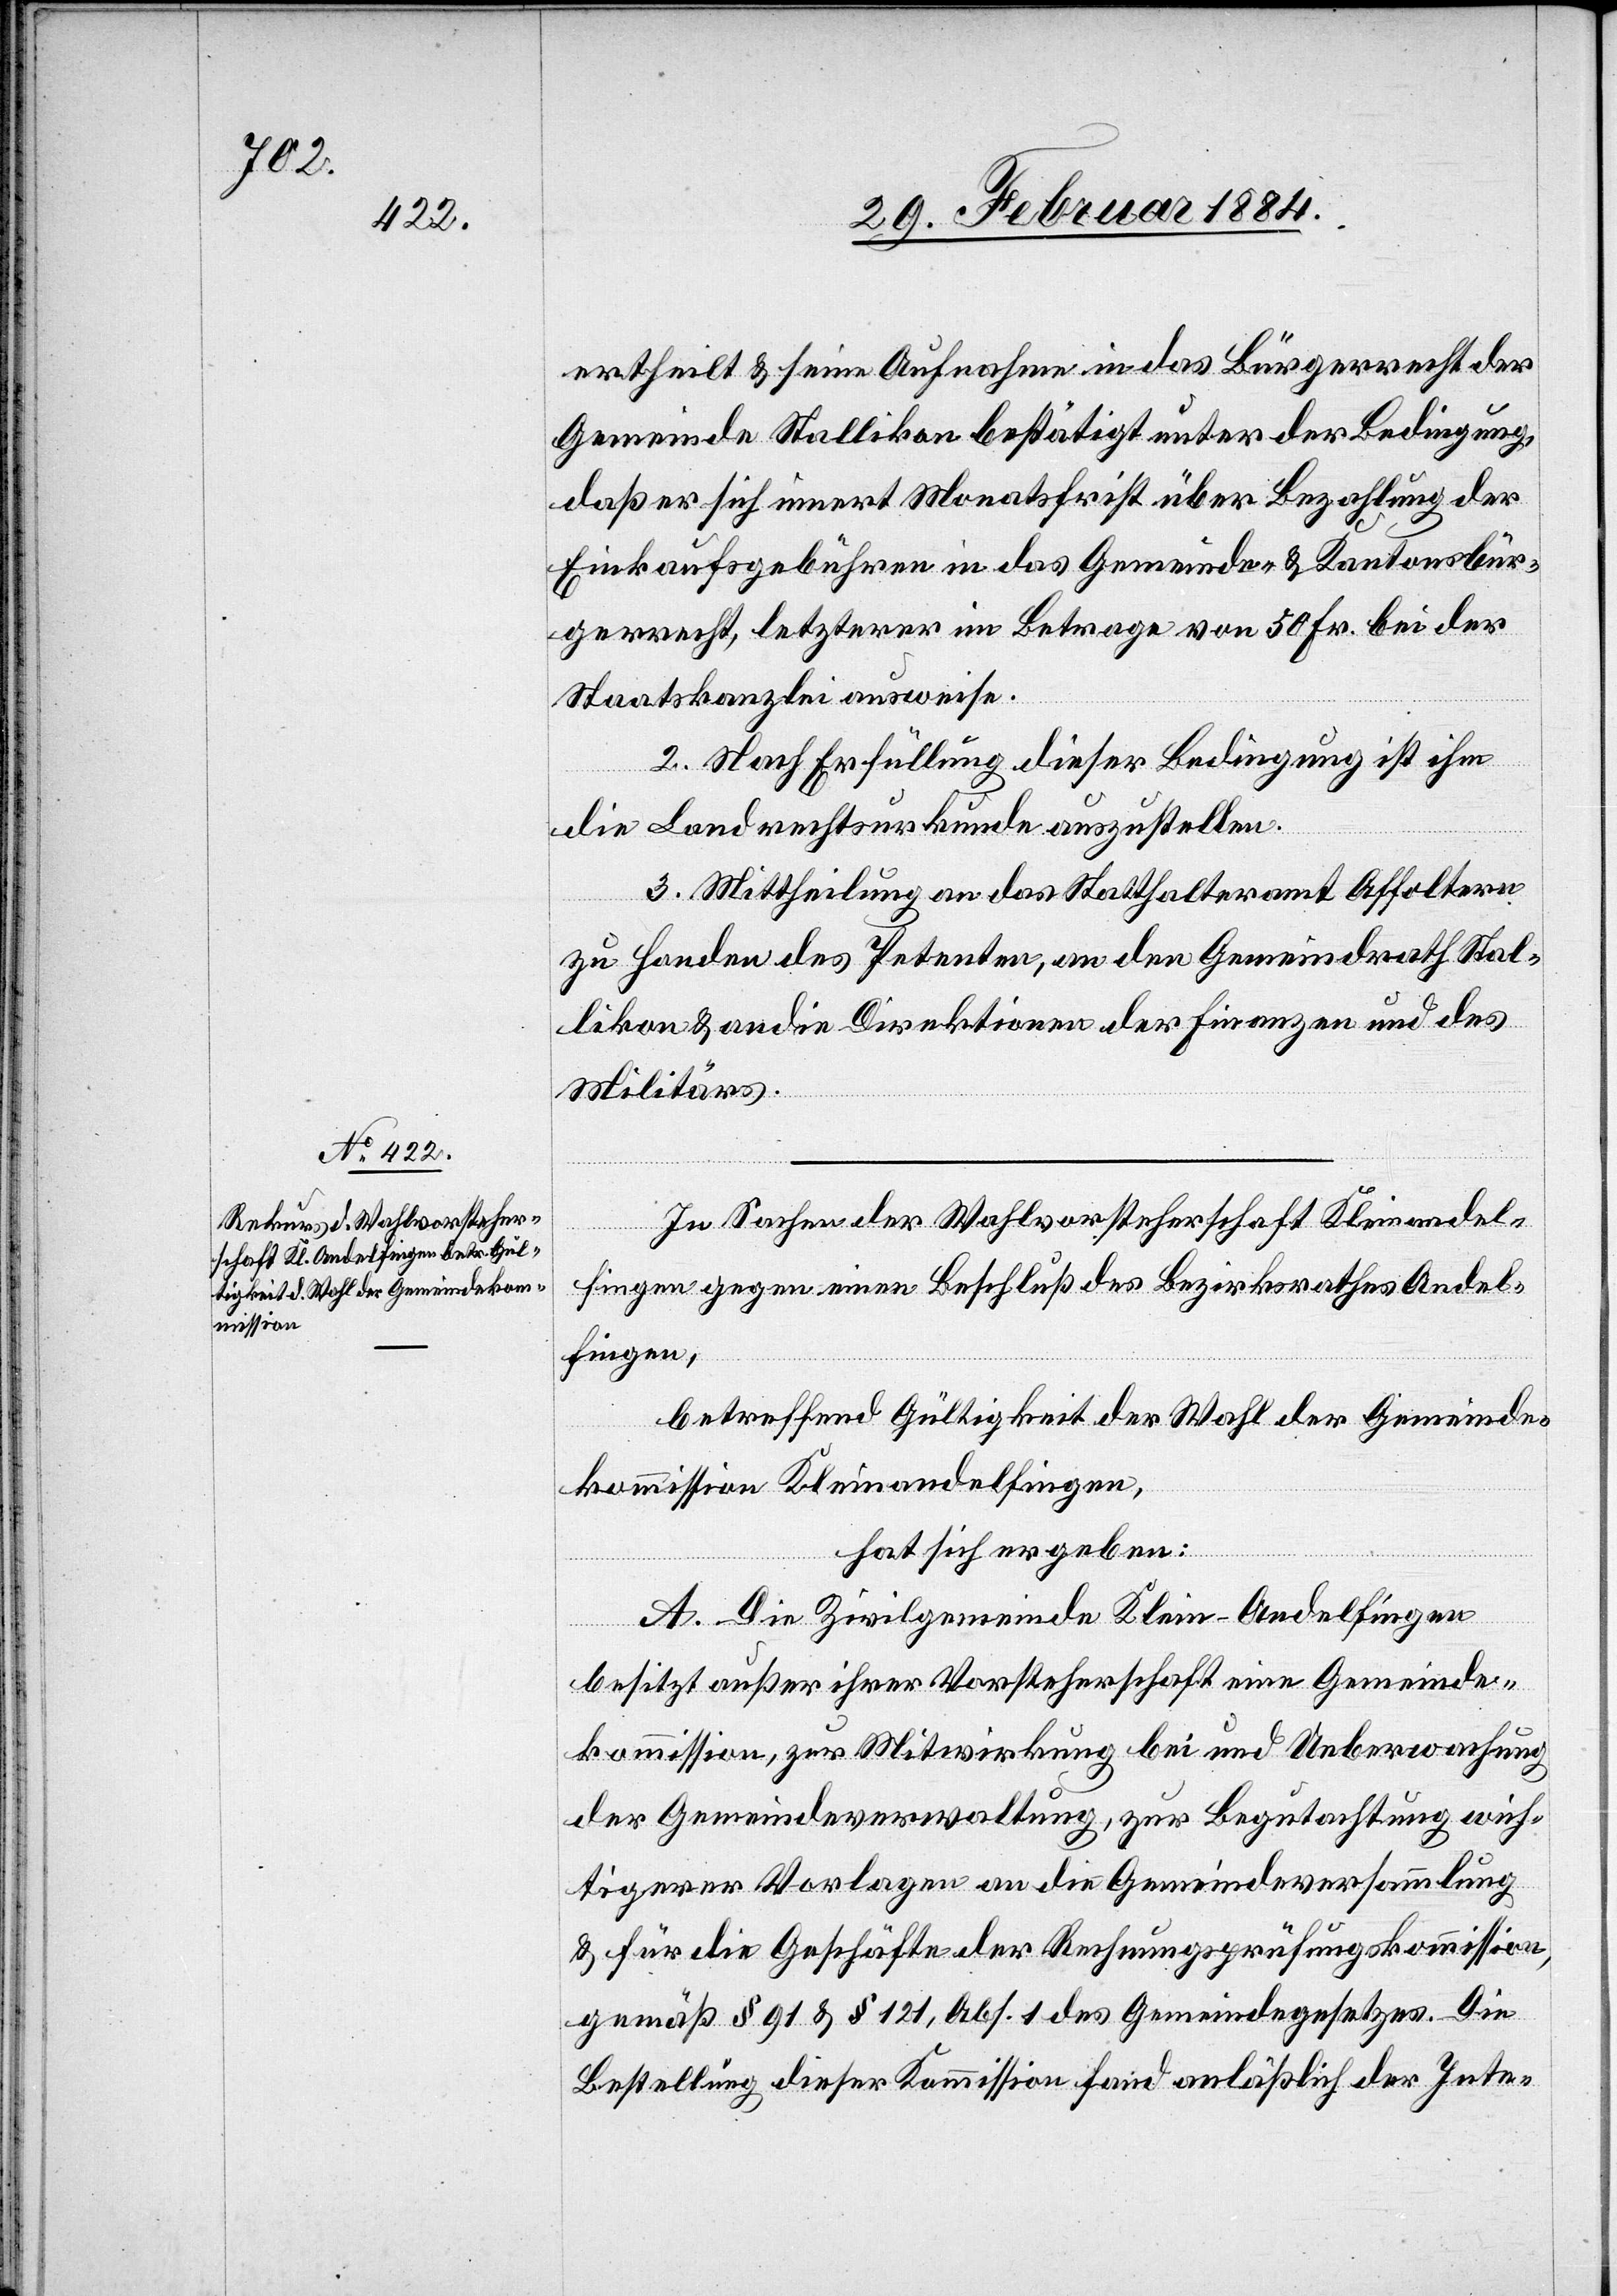
ertheilt & seine Aufnahme in das Bürgerrecht der
Gemeinde Stallikon bestätigt unter der Bedingung,
daß er sich innert Monatsfrist über Bezahlung der
Einkaufsgebühren in das Gemeinde- & Kantonsbür¬
gerrecht, letzterer im Betrage von 50 Fr. bei der
Staatskanzlei ausweise.
2. Nach Erfüllung dieser Bedingung ist ihm
die Landrechtsurkunde auszustellen.
3. Mittheilung an das Statthalteramt Affoltern
zu Handen des Petenten, an den Gemeindrath Stal¬
likon & an die Direktionen der Finanzen und des
Militärs.
In Sachen der Wahlvorsteherschaft Kleinandel¬
fingen gegen einen Beschluß des Bezirksrathes Andel¬
fingen,
betreffend Gültigkeit der Wahl der Gemeinde¬
kommission Kleinandelfingen,
hat sich ergeben:
A. Die Zivilgemeinde Klein-Andelfingen
besitzt außer ihrer Vorsteherschaft eine Gemeinde¬
kommission, zur Mitwirkung bei und Ueberwachung
der Gemeindeverwaltung, zur Begutachtung wich¬
tiger Vorlagen an die Gemeindeversammlung
& für die Geschäfte der Rechnungsprüfungskommission,
gemäß § 91 & 121, Abs. 1 des Gemeindegesetzes. Die
Bestellung dieser Kommission fand anläßlich der Inte-